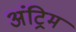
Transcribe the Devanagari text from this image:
अंट्रिम